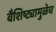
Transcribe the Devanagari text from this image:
वैशिष्ट्यामुळेच